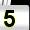
Digit: 5